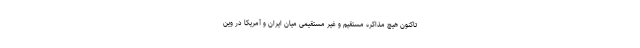
تاکنون هیچ مذاکره مستقیم و غیر مستقیمی میان ایران و آمریکا در وین